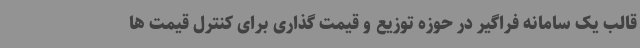
قالب یک سامانه فراگیر در حوزه توزیع و قیمت گذاری برای کنترل قیمت ها